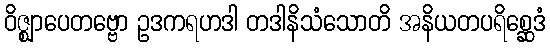
ဝိဇ္ဈာပေတဗ္ဗော ဥဒကရဟဒါ တဒါနိသံသောတိ အနိယတပရိစ္ဆေဒံ